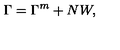
\Gamma = \Gamma ^ { \tiny { m } } + N W ,